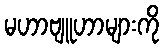
မဟာဗျူဟာများကို